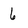
Character: 6